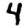
Digit: 4